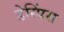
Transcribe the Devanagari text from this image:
डेस्पिंस